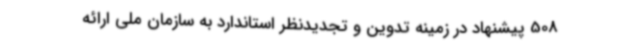
508 پیشنهاد در زمینه تدوین و تجدیدنظر استاندارد به سازمان ملی ارائه